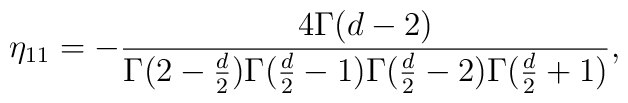
\eta_{11}= - {4\Gamma(d-2) \over \Gamma(2-{d \over 2})\Gamma({d \over 2}-1)\Gamma({d \over 2}-2)\Gamma({d \over 2}+1)},